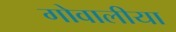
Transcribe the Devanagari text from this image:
गोवालीया